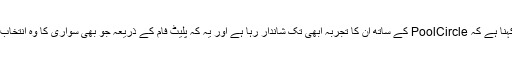
’پول سرکل‘ کے ریگولر یوزر ونئے کمار ساکن بنگلوروکا کہنا ہے کہ PoolCircle کے ساتھ اُن کا تجربہ ابھی تک شاندار رہا ہے اور یہ کہ پلیٹ فام کے ذریعہ جو بھی سواری کا وہ انتخاب کریں، اُن کی ضرورتوں کی عمدگی سے تکمیل ہوجاتی ہے۔